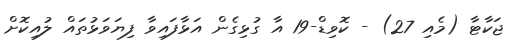
ޖަކާޓާ (މެއި 27) - ކޮވިޑް-19 އާ ގުޅިގެން އަޅާފައިވާ ފިޔަވަޅުތައް ލުއިކޮށް